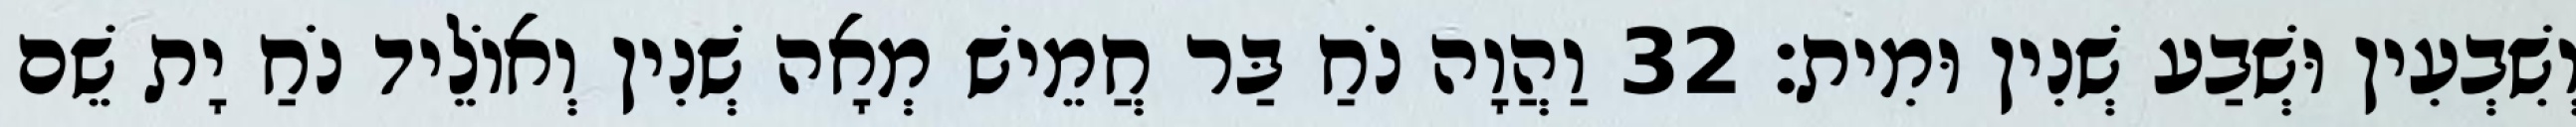
וְשִׁבְעִין וּשְׁבַע שְׁנִין וּמִית׃ 32 וַהֲוָה נֹחַ בַּר חֲמֵישׁ מְאָה שְׁנִין וְאוֹלֵיד נֹחַ יָת שֵׁם